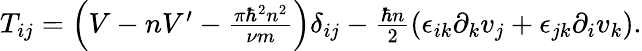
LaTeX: \begin{array}{r}{T_{ij}=\left(V-nV^{\prime}-\frac{\pi\hbar^{2}n^{2}}{\nu m}\right)\delta_{ij}-\frac{\hbar n}{2}\left(\epsilon_{ik}\partial_{k}v_{j}+\epsilon_{jk}\partial_{i}v_{k}\right).}\end{array}